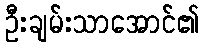
ဦးချမ်းသာအောင်၏